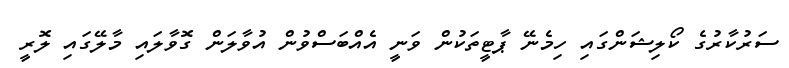
ސަރުކާރުގެ ކޯލިޝަންގައި ހިމެނޭ ޕާޓީތަކުން ވަނީ އެއްބަސްވުން އުވާލަން ގޮވާލައި މާލޭގައި ލޮރީ